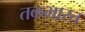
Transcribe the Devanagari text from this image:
तकभारत